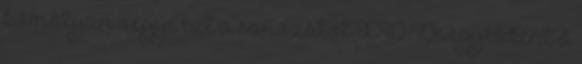
komolyan vegye ezt a sorozatot XD De egyébként ő